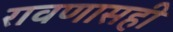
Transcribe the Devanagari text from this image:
रावणासही